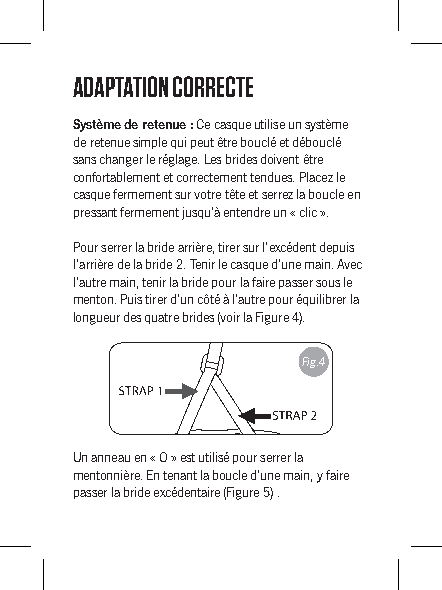
ADAPTATION CORRECTE
 Système de retenue : Ce casque utilise un système
 de retenue simple qui peut être bouclé et débouclé
 sans changer le réglage. Les brides doivent être
 confortablement et correctement tendues. Placez le
 casque fermement sur votre tête et serrez la boucle en
 pressant fermement jusqu’à entendre un « clic ».
 Pour serrer la bride arrière, tirer sur l’excédent depuis
 l’arrière de la bride 2. Tenir le casque d’une main. Avec
 l’autre main, tenir la bride pour la faire passer sous le
 menton. Puis tirer d’un côté à l’autre pour équilibrer la
 longueur des quatre brides (voir la Figure 4).
 Fig.4
 Un anneau en « O » est utilisé pour serrer la
 mentonnière. En tenant la boucle d’une main, y faire
 passer la bride excédentaire (Figure 5) .